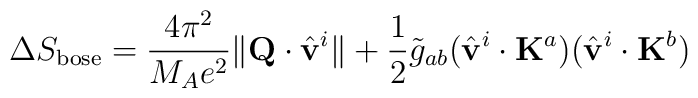
\Delta S_{\rm bose}= \frac{4\pi^2}{M_Ae^2}\|{\bf Q}\cdot\hat{\bf v}^i\| + \frac{1}{2}\tilde{g}_{ab}(\hat{\bf v}^i\cdot{\bf K}^a)(\hat{\bf v}^i\cdot{\bf K}^b)